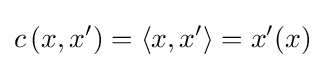
c\left(x,x^{\prime }\right)=\left\langle x,x^{\prime }\right\rangle =x^{\prime }(x)